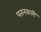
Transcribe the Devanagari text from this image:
पतनकारी